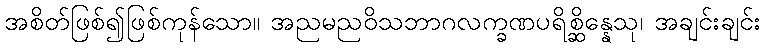
အစိတ်ဖြစ်၍ဖြစ်ကုန်သော။ အညမညဝိသဘာဂလက္ခဏပရိစ္ဆိန္နေသု၊ အချင်းချင်း